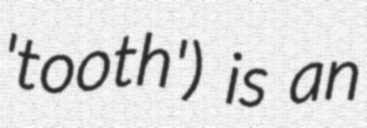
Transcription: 'tooth') is an